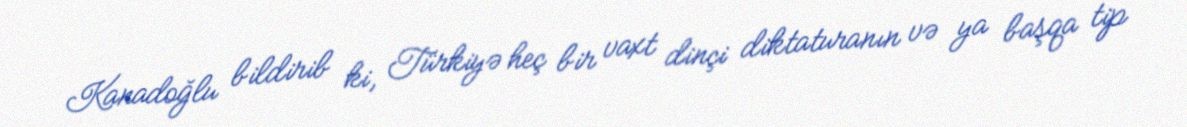
Kanadoğlu bildirib ki, Türkiyə heç bir vaxt dinçi diktaturanın və ya başqa tip